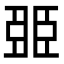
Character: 臦